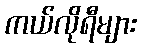
ကယ်လိုရီများ